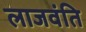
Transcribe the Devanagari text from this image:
लाजवंति